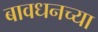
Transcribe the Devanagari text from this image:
बावधनच्या